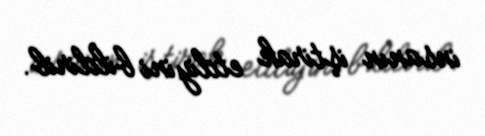
insanın iştirak etdiyini bildirib.